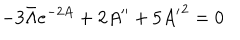
LaTeX: - 3 \bar { \Lambda } e ^ { - 2 A } + 2 A ^ { \prime \prime } + 5 { A ^ { \prime } } ^ { 2 } = 0